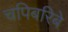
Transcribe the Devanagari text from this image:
चपिबरिबे